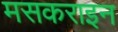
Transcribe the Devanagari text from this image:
मसकराइन